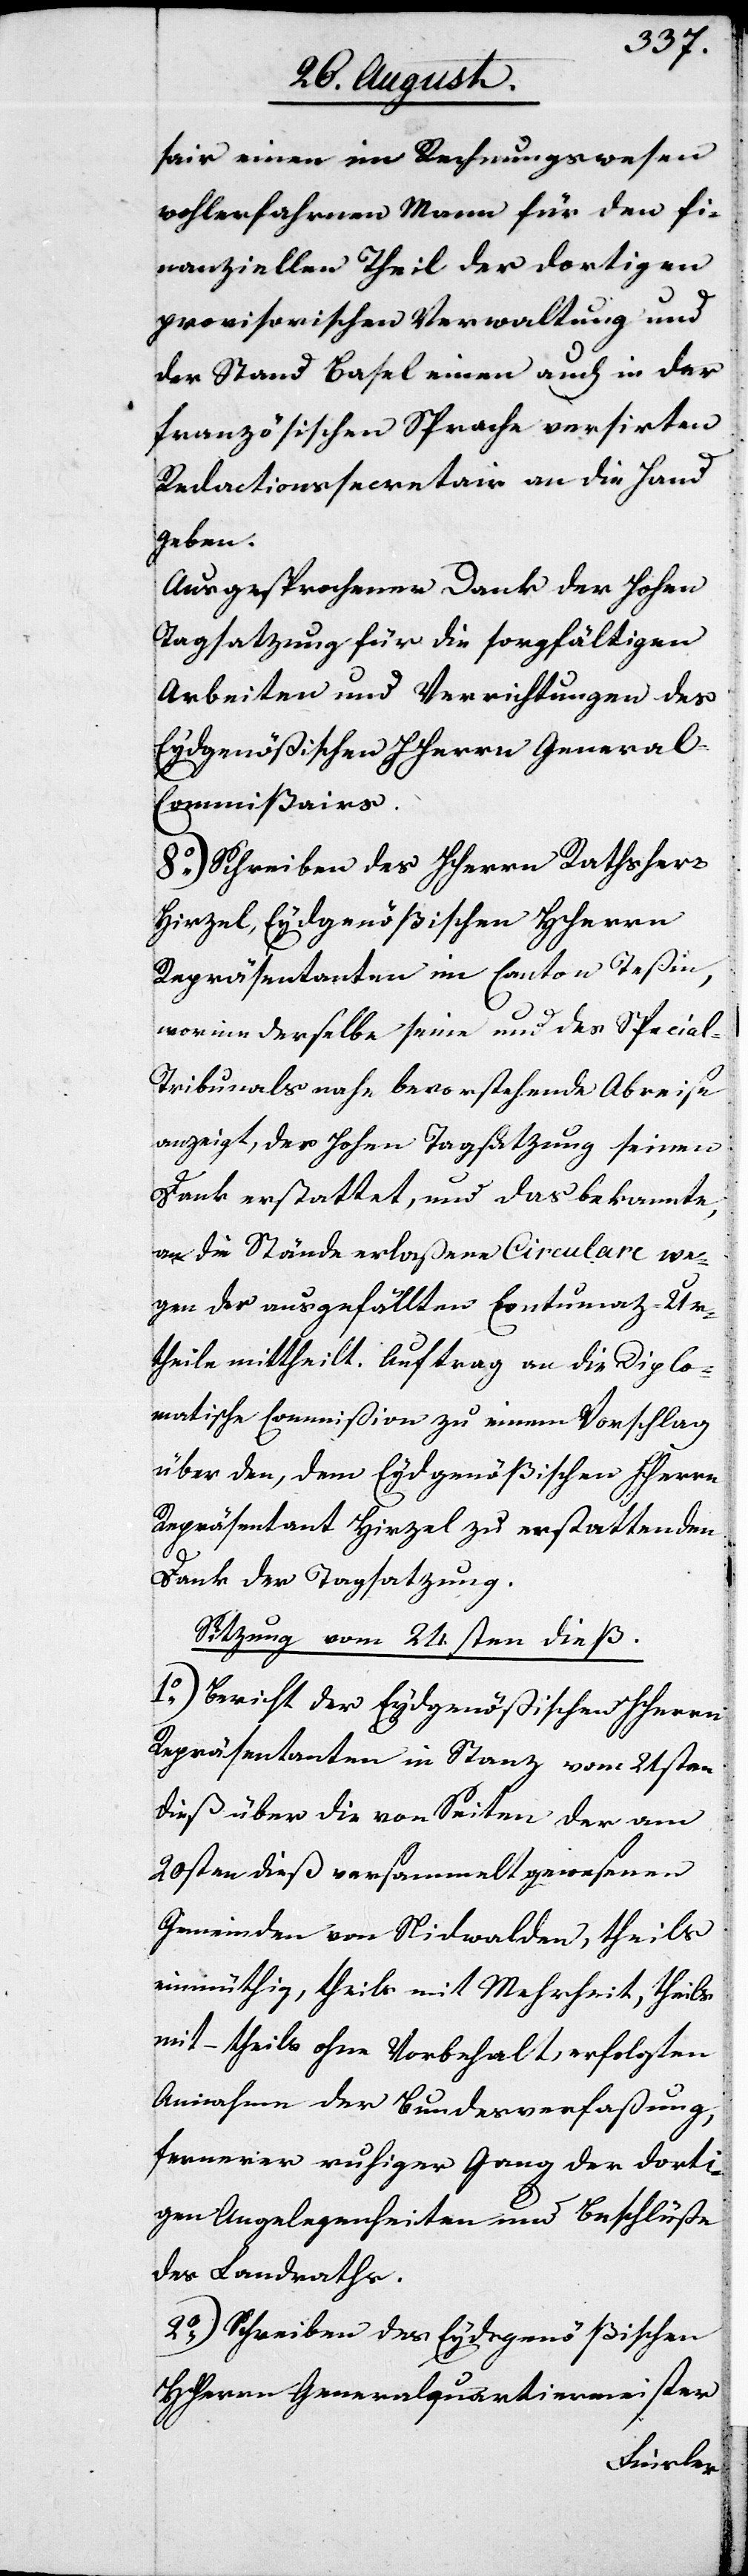
sair einen im Rechnungswesen
wohlerfahrnenen Mann für den fi¬
nanziellen Theil der dortigen
provisorischen Verwaltung und
der Stand Basel einen auch in der
französischen Sprache versirten
Redactionssecretair an die Hand
geben.
Ausgesprochener Dank der Hohen
Tagsatzung für die sorgfältigen
Arbeiten und Verrichtungen des
Eydgenößischen HHerrn General-C¬
ommisairs.
8.) Schreiben des HHerrn Rathsherr
Hirzel, Eydgenößischen HHerrn
Repräsentanten im Canton Teßin,
worinn derselbe seine und des Specia¬
l-Tribunals nahe bevorstehende Abreise
anzeigt, der Hohen Tagsatzung seinen
Dank erstattet, und das bekannte,
an die Stände erlaßene Circulare we¬
gen der ausgefällten Contumaz-Ur¬
theile mittheilt. Auftrag an die Diplo¬
matische Commißion zu einem Vorschlag
über den, dem Eydgenößischen HHerrn
Repäsentant Hirzel zu erstattenden
Dank der Tagsatzung.
Sitzung vom 24sten dieß.
1.) Bericht der Eydgenößischen HHerrn
Repräsentanten in Stanz vom 21sten
dieß über die von Seiten der am
20sten dieß versammelt gewesenen
Gemeinden von Nidwalden, theils
einmüthig, theils mit Mehrheit, theils
mit – theils ohne Vorbehalt, erfolgten
Annahmen der Bundesverfaßung,
fernerer ruhiger Gang der dorti¬
gen Angelegenheiten und Beschlüße
des Landraths.
2.) Schreiben des Eydgenößischen
Herrn Generalquartiermeister